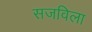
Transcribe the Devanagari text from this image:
सजविला